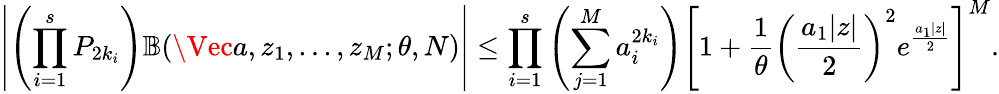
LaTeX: \left|\left(\prod_{i=1}^{s}P_{2k_{i}}\right)\mathbb{B}(\Vec{a},z_{1},...,z_{M};\theta,N)\right|\le\prod_{i=1}^{s}\left(\sum_{j=1}^{M}a_{i}^{2k_{i}}\right)\left[1+\frac{1}{\theta}\left(\frac{a_{1}|z|}{2}\right)^{2}e^{\frac{a_{1}|z|}{2}}\right]^{M}.